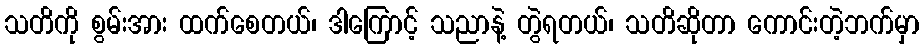
သတိကို စွမ်းအား ထက်စေတယ်၊ ဒါကြောင့် သညာနဲ့ တွဲရတယ်၊ သတိဆိုတာ ကောင်းတဲ့ဘက်မှာ